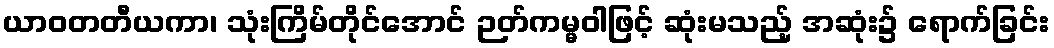
ယာဝတတီယကာ၊ သုံးကြိမ်တိုင်အောင် ဉတ်ကမ္မဝါဖြင့် ဆုံးမသည့် အဆုံး၌ ရောက်ခြင်း